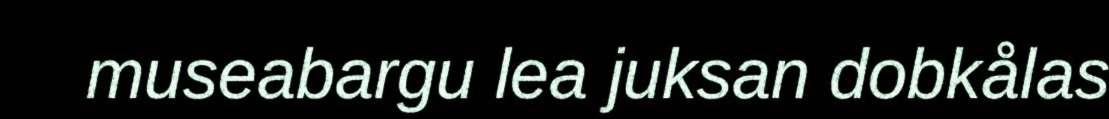
museabargu lea juksan dobkålas